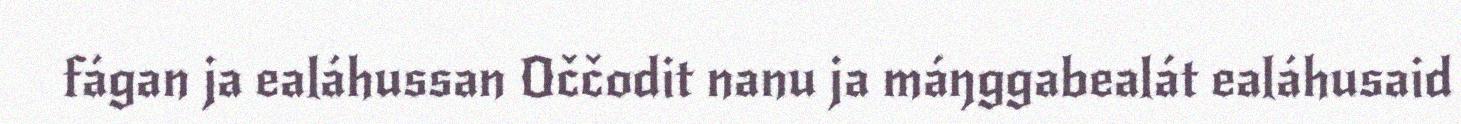
fágan ja ealáhussan Oččodit nanu ja máŋggabealát ealáhusaid